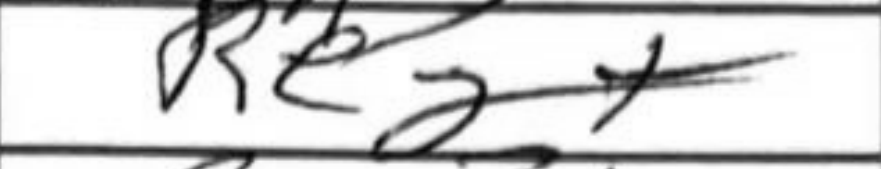
Transcription: Re2+